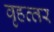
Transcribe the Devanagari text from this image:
वृहत्‍तर